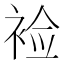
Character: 裣